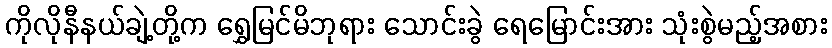
ကိုလိုနီနယ်ချဲ့တို့က ရွှေမြင်မိဘုရား သောင်းခွဲ ရေမြောင်းအား သုံးစွဲမည့်အစား